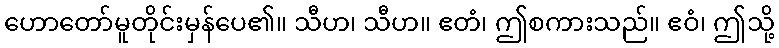
ဟောတော်မူတိုင်းမှန်ပေ၏။ သီဟ၊ သီဟ။ ဧတံ၊ ဤစကားသည်။ ဧဝံ၊ ဤသို့